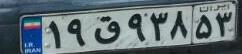
۱۹ق۹۳۸۵۳